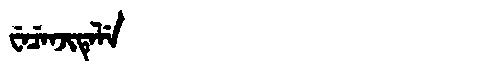
Manchu: ᠸᡝᠴᡝᠨᠵᡳᡨᡝᠯᡝ
Romanization: WECENJITELE